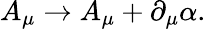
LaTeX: A_{\mu}\rightarrow A_{\mu}+\partial_{\mu}\alpha.